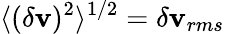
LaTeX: \langle(\delta\mathbf{v})^{2}\rangle^{1/2}=\delta\mathbf{v}_{rms}